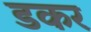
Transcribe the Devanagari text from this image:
डकर